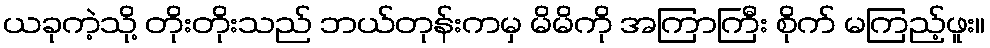
ယခုကဲ့သို့ တိုးတိုးသည် ဘယ်တုန်းကမှ မိမိကို အကြာကြီး စိုက် မကြည့်ဖူး။